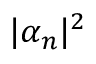
| \alpha _ { n } | ^ { 2 }